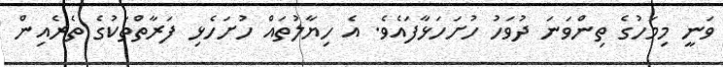
ވަނީ މިމަހުގެ ތިންވަނަ ދުވަހު ހުށަހަޅާފައެވެ. އެ ހިޔާލުތައް ހުށަހެޅި ފަރާތްތަކުގެ ތެރެއިން